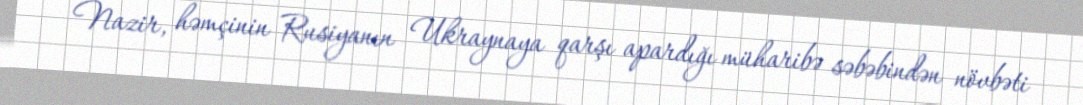
Nazir, həmçinin Rusiyanın Ukraynaya qarşı apardığı müharibə səbəbindən növbəti